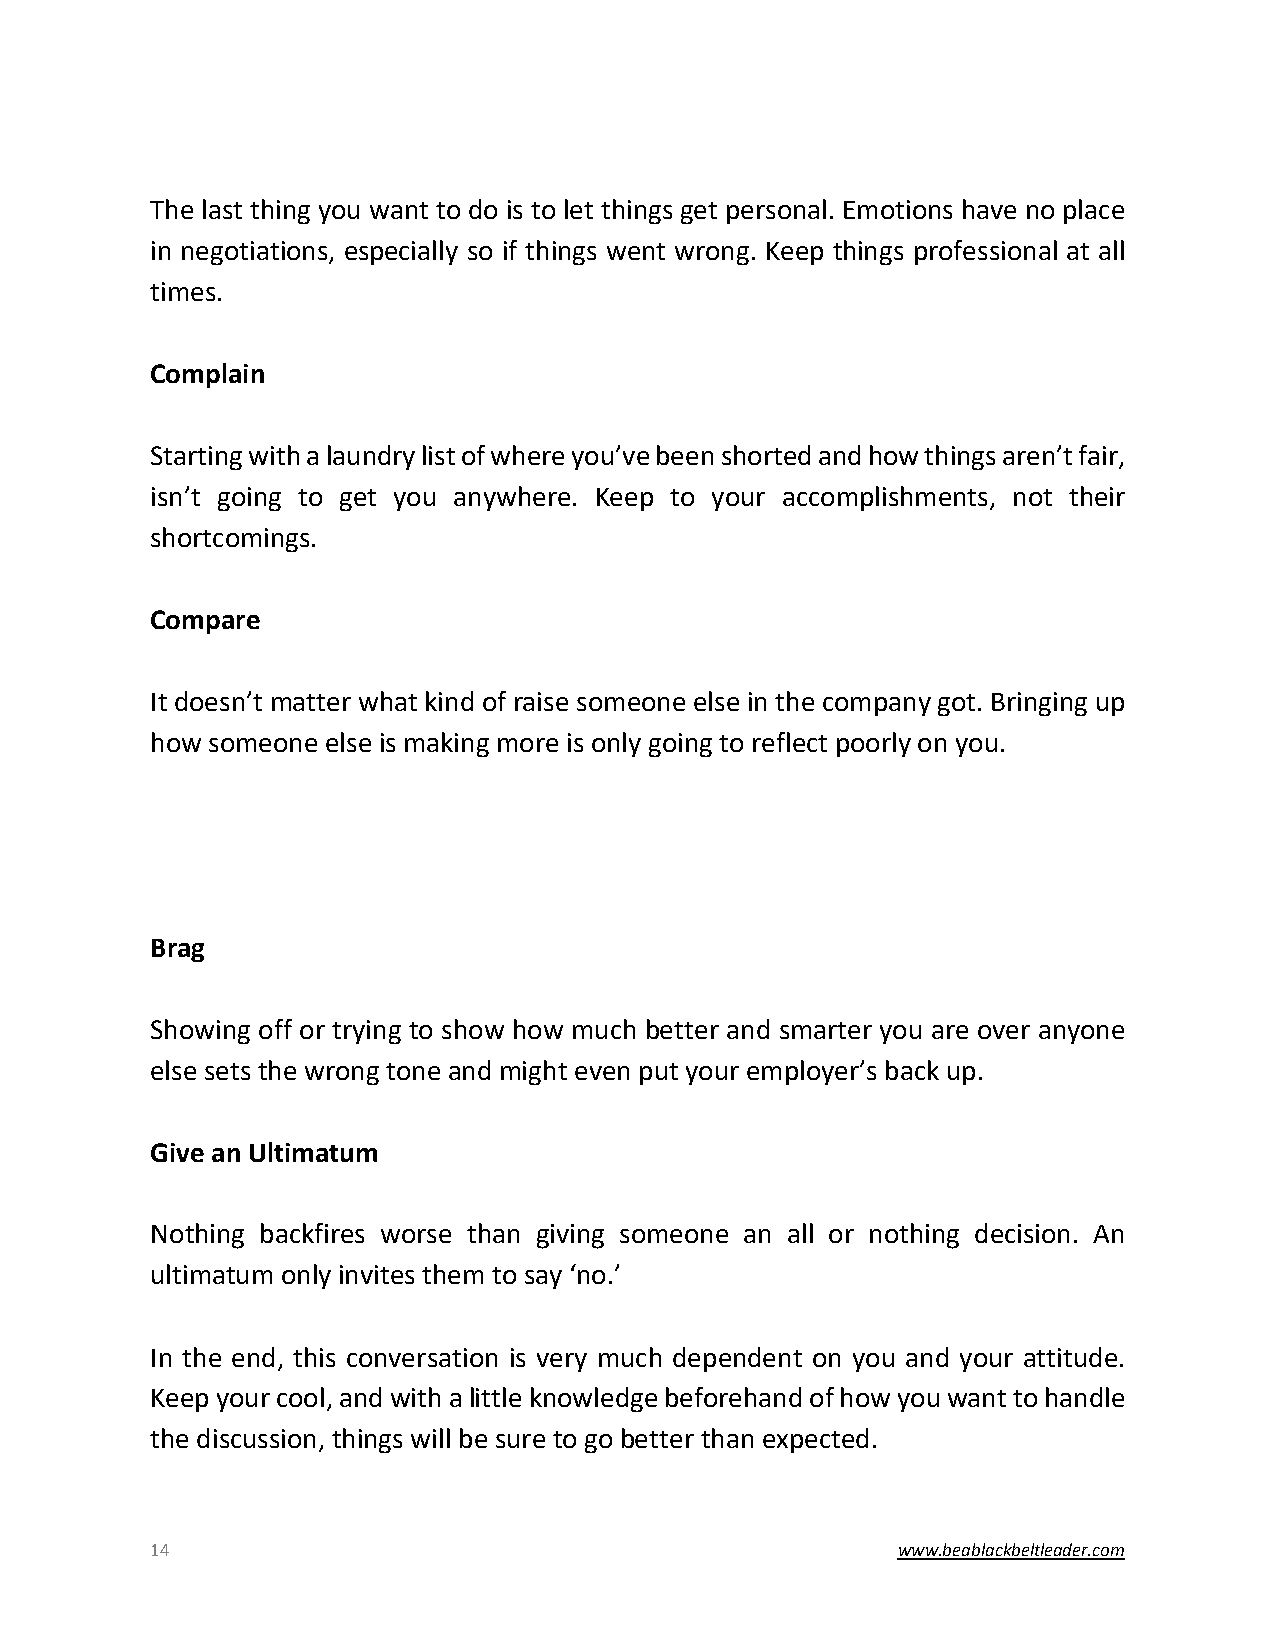
The last thing you want to do is to let things get personal. Emotions have no place
 in negotiations, especially so if things went wrong. Keep things professional at all
 times.
 Complain
 Starting with a laundry list of where you’ve been shorted and how things aren’t fair,
 isn’t going to get you anywhere. Keep to your accomplishments, not their
 shortcomings.
 Compare
 It doesn’t matter what kind of raise someone else in the company got. Bringing up
 how someone else is making more is only going to reflect poorly on you.
 Brag
 Showing off or trying to show how much better and smarter you are over anyone
 else sets the wrong tone and might even put your employer’s back up.
 Give an Ultimatum
 Nothing backfires worse than giving someone an all or nothing decision. An
 ultimatum only invites them to say ‘no.’
 In the end, this conversation is very much dependent on you and your attitude.
 Keep your cool, and with a little knowledge beforehand of how you want to handle
 the discussion, things will be sure to go better than expected.
 14                                               www.beablackbeltleader.com